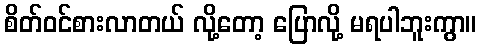
စိတ်ဝင်စားလာတယ် လို့တော့ ပြောလို့ မရပါဘူးကွာ။